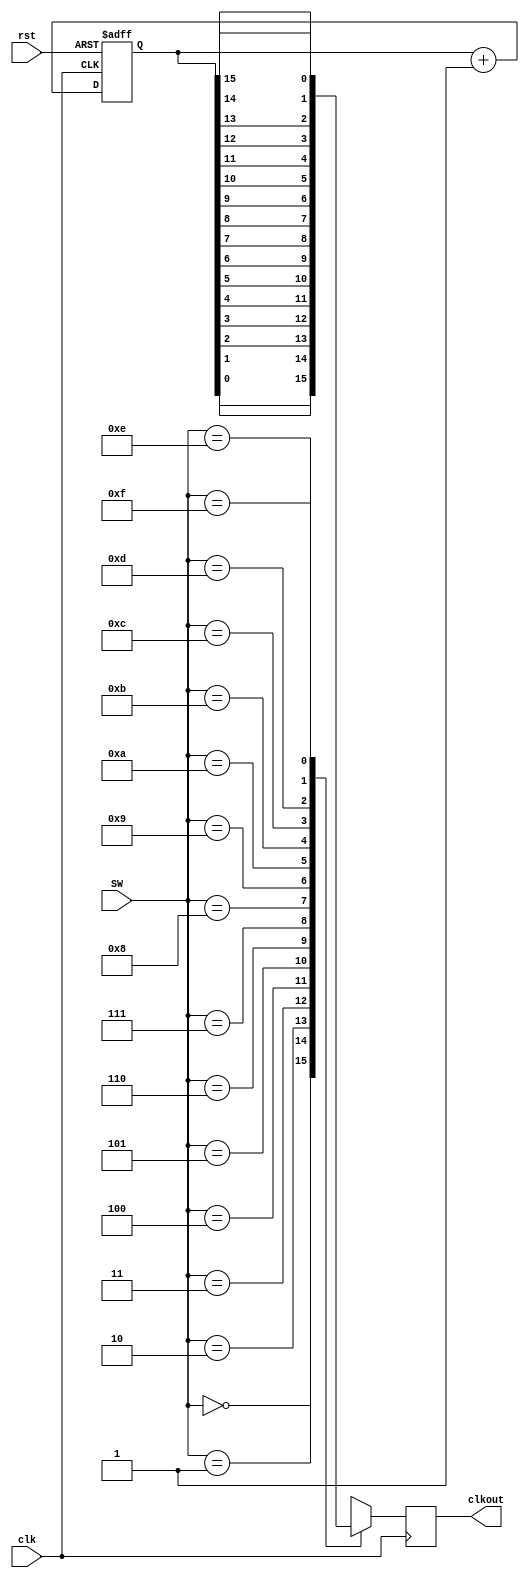
`timescale 1ns / 1ps


module CLKMANAGER 
(
    input clk,
    input rst,
    input [3:0] SW, 
    output reg clkout =0
    );
    reg [31:0] sel;

   
    wire [4:0] temp = {1'b1,SW};
    always@(posedge clk or posedge rst)
    begin: DREG
        if(rst)
            sel<= 32'd0;
        else
            sel<=sel+1;       
    end
    
  always@(posedge clk)
  begin
    case(SW)
            5'd0: clkout <= sel[0];
            5'd1: clkout <= sel[1];
            5'd2: clkout <= sel[2];
            5'd3: clkout <= sel[3];
            5'd4: clkout <= sel[4];
            5'd5: clkout <= sel[5];
            5'd6: clkout <= sel[6];
            5'd7: clkout <= sel[7];
            5'd8: clkout <= sel[8];
            5'd9: clkout <= sel[9];
            5'd10:clkout <= sel[10];
            5'd11:clkout <= sel[11];
            5'd12:clkout <= sel[12];
            5'd13:clkout <= sel[13];
            5'd14:clkout <= sel[14];
            5'd15:clkout <= sel[15];
            5'd16:clkout <= sel[16];
            5'd17:clkout <= sel[17];
            5'd18:clkout <= sel[18];
            5'd19:clkout <= sel[19];
            5'd20:clkout <= sel[20];
            5'd21:clkout <= sel[21];
            5'd22:clkout <= sel[22];
            5'd23:clkout <= sel[23];
            5'd24:clkout <= sel[24];
            5'd25:clkout <= sel[25];
            5'd26:clkout <= sel[26];
            5'd27:clkout <= sel[27];
            5'd28:clkout <= sel[28];
            5'd29:clkout <= sel[29];
            5'd30:clkout <= sel[30];
            5'd31:clkout <= sel[31]; 
                
        endcase
    end
   
  
endmodule